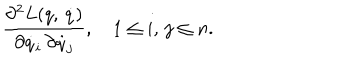
\frac { \partial ^ { 2 } L ( q , \, \dot { q } ) } { \partial \dot { q } _ { i } \, \partial \dot { q } _ { j } } , \quad 1 \leq i , \, j \leq n .